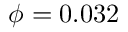
\phi = 0 . 0 3 2